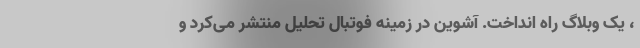
، یک وبلاگ راه انداخت. آشوین در زمینه فوتبال تحلیل منتشر می‌کرد و